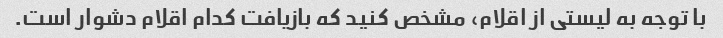
با توجه به لیستی از اقلام، مشخص کنید که بازیافت کدام اقلام دشوار است.